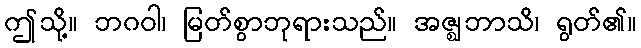
ဤသို့။ ဘဂဝါ၊ မြတ်စွာဘုရားသည်။ အဇ္ဈဘာသိ၊ ရွတ်၏။